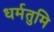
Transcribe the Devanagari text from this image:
धर्मतुमि